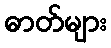
ဓာတ်များ